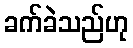
ခက်ခဲသည်ဟု